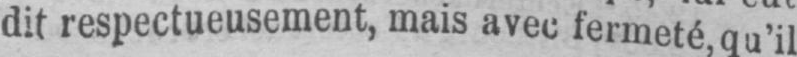
dit respectueusement, mais avec fermeté, qu’il